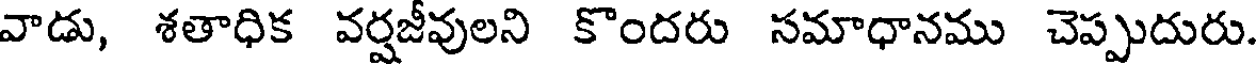
వాడు, శతాధిక వర్షజీవులని కొందరు సమాధానము చెప్పుదురు.